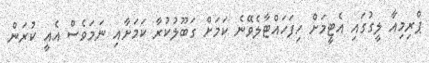
ޕްރިމިއާ ލީގުގައި އެޓީމަށް ހިފަހައްޓާލެވޭނެ ކަމަށް ގަބޫލުކުރާ ކަމަށާއި ނަމަވެސް އެއީ ކުރަން